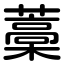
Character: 藁